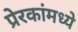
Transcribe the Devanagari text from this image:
प्रेरकांमध्ये